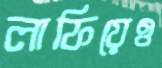
লাফিয়েও